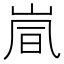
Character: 𫵽